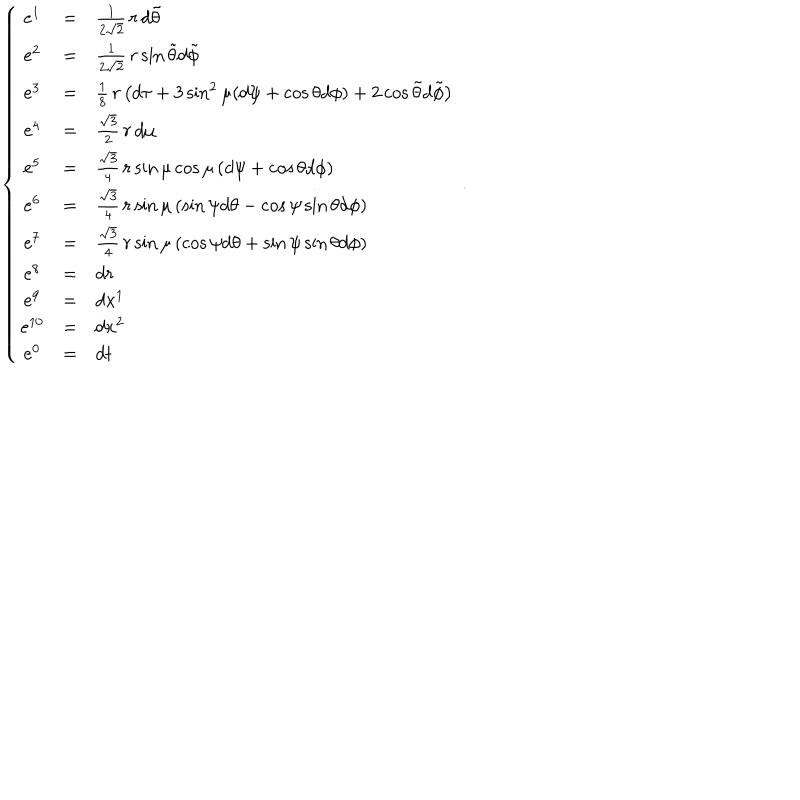
\left\{ \begin{array} { c c l } { { e ^ { 1 } } } & { { = } } & { { \frac { 1 } { 2 \sqrt 2 } \, r \, d \tilde { \theta } } } \\ { { e ^ { 2 } } } & { { = } } & { { \frac { 1 } { 2 \sqrt 2 } \, r \sin \tilde { \theta } d \tilde { \phi } } } \\ { { e ^ { 3 } } } & { { = } } & { { \frac { 1 } { 8 } \, r \left( d \tau + 3 \sin ^ { 2 } \mu ( d \psi + \cos \theta d \phi ) + 2 \cos \tilde { \theta } d \tilde { \phi } \right) } } \\ { { e ^ { 4 } } } & { { = } } & { { \frac { \sqrt 3 } { 2 } \, r \, d \mu } } \\ { { e ^ { 5 } } } & { { = } } & { { \frac { \sqrt 3 } { 4 } \, r \sin \mu \cos \mu \left( d \psi + \cos \theta d \phi \right) } } \\ { { e ^ { 6 } } } & { { = } } & { { \frac { \sqrt 3 } { 4 } \, r \sin \mu \left( \sin \psi d \theta - \cos \psi \sin \theta d \phi \right) } } \\ { { e ^ { 7 } } } & { { = } } & { { \frac { \sqrt 3 } { 4 } \, r \sin \mu \left( \cos \psi d \theta + \sin \psi \sin \theta d \phi \right) } } \\ { { e ^ { 8 } } } & { { = } } & { { d r } } \\ { { e ^ { 9 } } } & { { = } } & { { d x ^ { 1 } } } \\ { { e ^ { 1 0 } } } & { { = } } & { { d x ^ { 2 } } } \\ { { e ^ { 0 } } } & { { = } } & { { d t } } \\ \end{array} \right. \, .